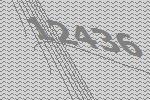
12436